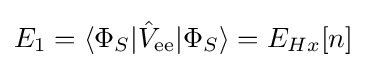
{\textstyle E_{1}=\langle \Phi _{S}|{\hat {V}}_{\text{ee}}|\Phi _{S}\rangle =E_{Hx}[n]}